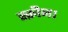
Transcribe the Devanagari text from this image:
स्क्रीन।